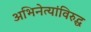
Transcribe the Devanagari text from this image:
अभिनेत्यांविरुद्ध